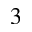
3